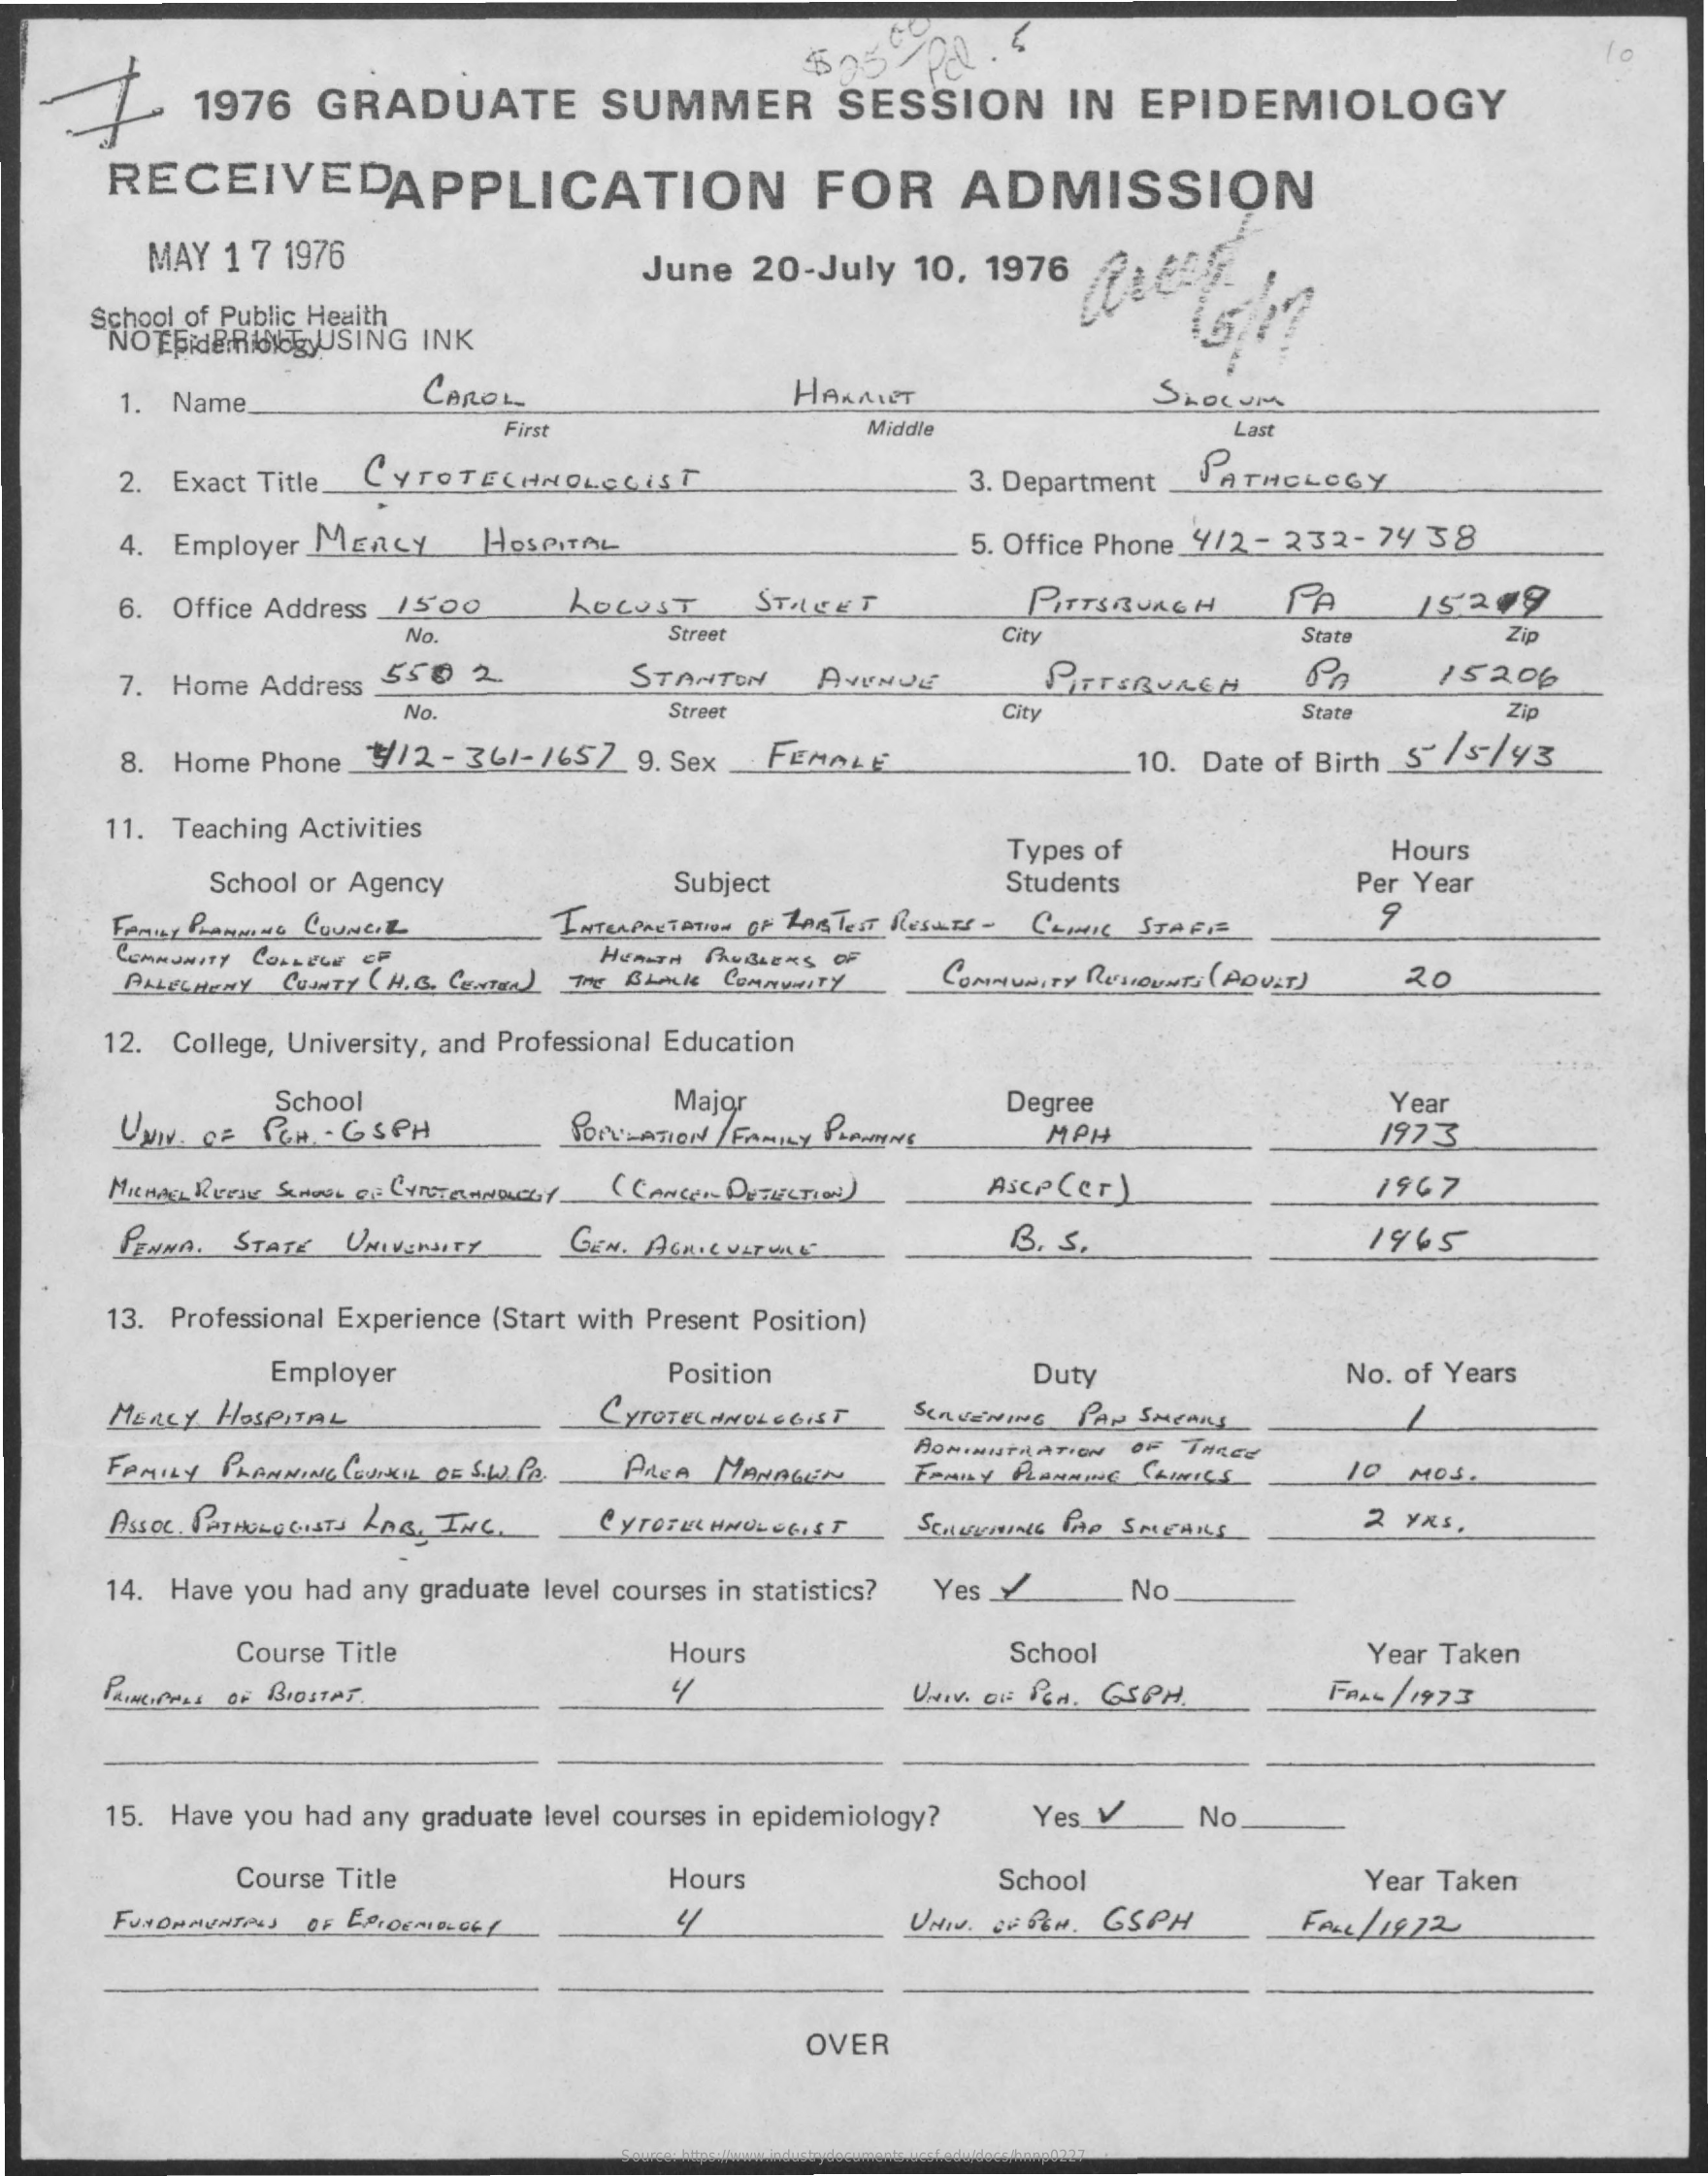
7    1976   GRADUATE    SUMMER    SESSION    IN  EPIDEMIOLOGY
     $25-02.5
     RECEIVEDAPPLICATION    FOR    ADMISSION
     MAY 1 7 1976    June 20-July  10, 1976
     School of Public Health
     NOTEKIBRIOKEJUSING INK
     1. Name_    CAROL    HARALLT    SLOCUM
     First    Middle    Last
     2. Exact Title_ CYTOTECHNOLOGIST    3. Department PATHOLOGY
     4. Employer MERCY   HOSPITAL    5. Office Phone_4/2 - 232- 74 38
     6. Office Address_15 00 LOCUST    STACET    PITTSBURGH    15249
     No.    Street    City    Stat    Zip
     7. Home Address 550 2.    STANTON   AVENUE    PITTSBURGH    15200
     No.    Street    City    State    Zip
     8. Home Phone _ ¥//2-361-1657 9. Sex FEMALE    10. Date of Birth_S" /s/43
     11. Teaching Activities
     Types of    Hours
     School or Agency    Subject    Students    Per Year
     FAMILY PLANNING COUNCIL
     9
     COMMUNITY COLLEGE OF
     INTERPRETATION OF LABSTEST RESULTS - CLINIC STAFIS
     HEALTH PROBLEMS OF
     ALLEGHENY COUNTY ( H. G. CENTER) THE BLAALLE COMMUNITY COMMUNITY RUSIOUNTS ( POULT) 20
     12. College, University, and Professional Education
     School    Major
     POPULATION / FAMILY PLANNING
     Degree    Year
     UNIV. OF PGH- GSPH    MPH    1973
     MICHAEL REFIL SCHOOL DE CYTUTECHNOLOGY - ( CANCER DUTIESTION ) AsCP (cr) 1967
     PENNA , STATE UNIVERSITY GEN . AGRICULTURE    B. S.    1465
     13. Professional Experience (Start with Present Position)
     Employer    Position    Duty    No. of Years
     MERCY HOSPITAL    CYTOTECHNOLOGIST  SeRUNNING PAP SMEARS
     FAMILY PLANNING COUNCIL OF S.W PR. PREA MANAGEN
     AOMINUTHATION OF THREE
     FAMILY PLANNING CLINICS  10 MOS.
     ASSOC , PATHOLOGISTS LAG, ING. CYTOTECHNOLOGIST SCHLEUNNING PAP SMEANS 2 yas,
     14. Have you had any graduate level courses in statistics? Yes Y No
     Course Title    Hours    School    Year Taken
     PRINCIPHAS OF BIOSTAT    UNIV. OF PEN. GSPH.   FALL / 1973
     15. Have you had any graduate level courses in epidemiology? Yes. V No
     Course Title    Hours    School    Year Taken
     FUNDAMENTALS OF EPIDEMIOIGEL   4    UNIV. OF BEN. GSPH    FALL / 1822
     OVER
     Source: https://www.industrydocuments.ucsf.edu/docs/hnnp0227